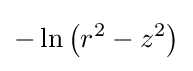
-\ln \left(r^{2}-z^{2}\right)